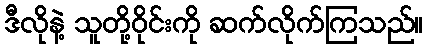
ဒီလိုနဲ့ သူတို့ဝိုင်းကို ဆက်လိုက်ကြသည်။